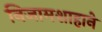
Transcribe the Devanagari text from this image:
निजामशाहाने